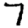
Digit: 7